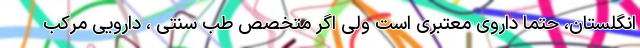
انگلستان، حتماً داروی معتبری است ولی اگر متخصص طب سنتی ، دارویی مرکب